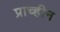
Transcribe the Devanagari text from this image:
प्राच्हीन